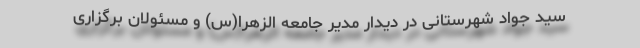
سید جواد شهرستانی در دیدار مدیر جامعه الزهرا(س) و مسئولان برگزاری